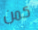
كمن